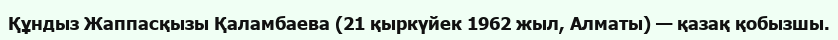
Құндыз Жаппасқызы Қаламбаева (21 қыркүйек 1962 жыл, Алматы) — қазақ қобызшы.